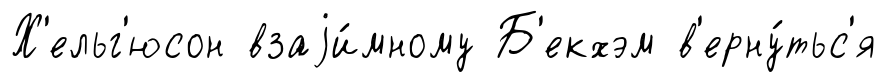
Х'ельг'юсон взаjи́мному Б'екхэм в'ерну́тьс'я